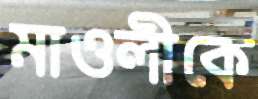
মাওলীকে